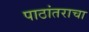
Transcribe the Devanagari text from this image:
पाठांतराचा